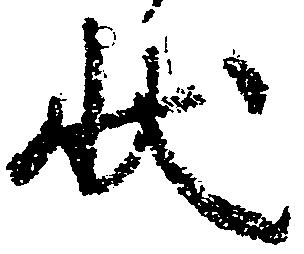
状